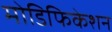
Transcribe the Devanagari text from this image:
मोडिफिकेशन